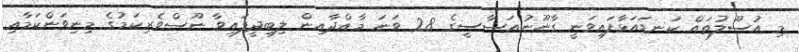
މި އުސޫލުތައް ކަނޑައަޅާފައިވަނީ ގާނޫނުއަސާސީގެ 28 ވަނަ މާއްދާއިން ލިބިދީފައިވާ ނޫސްވެރިކަމުގެ މިނިވަންކަމާއި